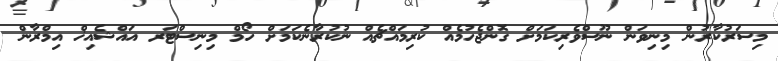
މިސަރުކާރުން މިނިވަން ނޫސްވެރިކަމަށް ގޮންޖެހުމެއް ކުރިމައްޗެއް ނުކުރާނެކަމަށް ހޯމް މިނިސްޓަރ އައްޝެއިޚް އިމްރާން